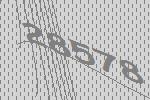
28578